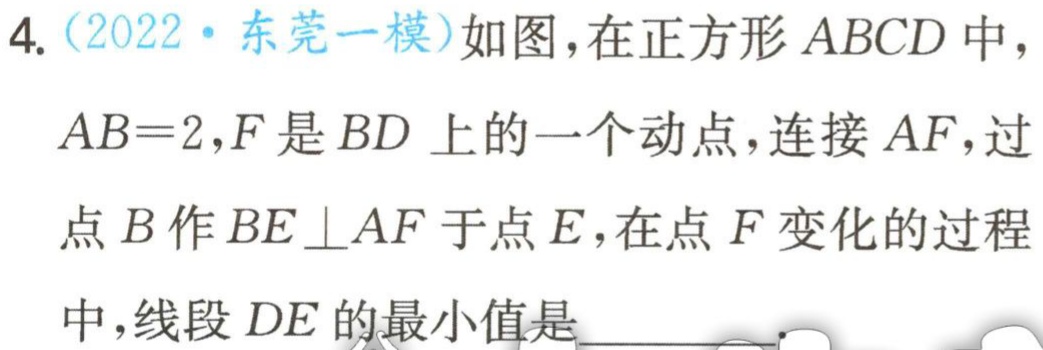
4.（2022·东莞一模）如图，在正方形 \(ABCD\) 中，\(AB = 2\)，\(F\) 是 \(BD\) 上的一个动点，连接 \(AF\)，过点 \(B\) 作 \(BE\perp AF\) 于点 \(E\)，在点 \(F\) 变化的过程中，线段 \(DE\) 的最小值是